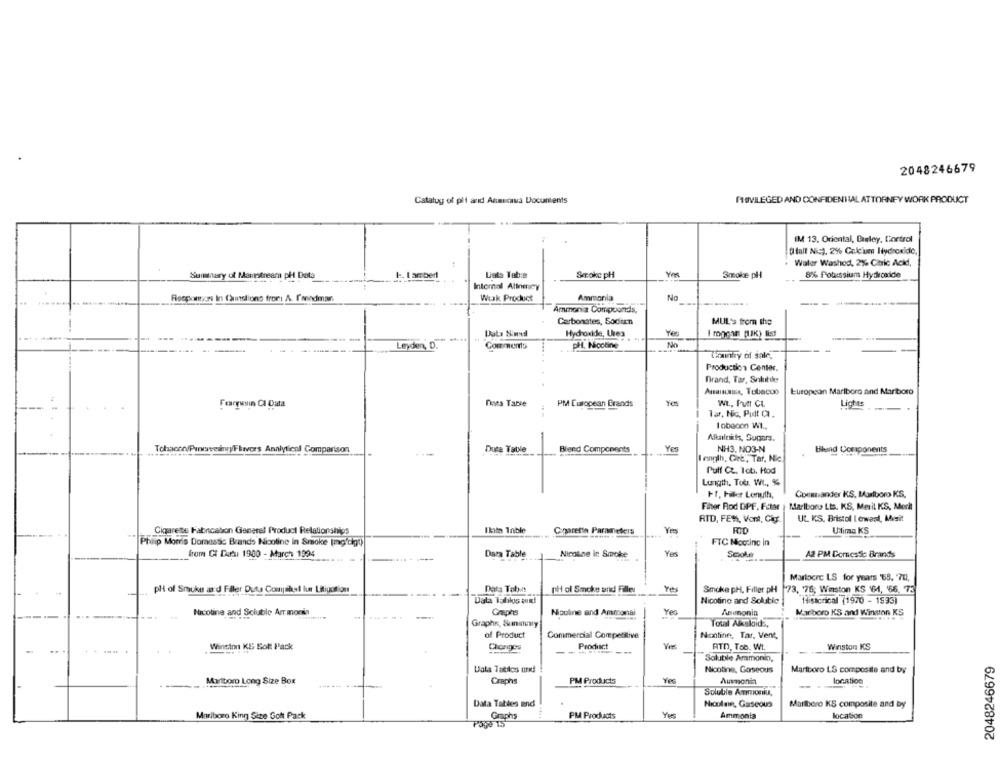
2048246679
PRIVILEGED AND CONFIDENTIAL ATTORNEY WORK PRODUCT
Catalog of pit and Anmecaua Documents
IM 13. Oriental, Barley, Control
( tall Nic), 2% Calcium Hydroxide,
Water Washed, 2% Citric Acid,
Summary of Manstream pH Dota
. I ambert
Lets Tab:e
Smrokc pH
Smoke pll
8% Potassium Hydroxide
Internal Alinecy
Respontion In Cuinslions fror: A. Isendmar.
Werk Product
Ammonia
No
Ammonia Compounds,
Carbonates, Sodien
MUL's from the
Data Siund
Hydroxide, Urea
Yes
I rongar pak) list
pH. Nicotine
No
Leyden,
Comments
Thaitry of sale,
Production Center.
Brand, Tar, Soluble
Amaisaus, Tobacco
European Marlboro and Mariboro
Feargusin CI Data
fines Table
PM European Brands
WL ., Punt CL
Lights
Tar, Nic. Pudt C.
Iobacon Wt .,
Nbalticts, Sugars.
Tobacco/Purwaveanny/Flavors Analytical Comparison
Duca Table
Blend Components
NH3, NO3-N
Blend Components
I ength, Cire", Tar, Nic.
Pull Cz. Tob. Hod
Lungth, Tob. Wt ., %
Ff, Filler Length,
Commander KS, Marlboro KS.
Fator Rod DPF, Fiter
Marlboro Lts. KS, Merit KS, Merkt
RTD, FEW, Vont, Cig
UL KS, Bristol Lewasl, Misit
Cigarette Fabricabon General Product Relationships
Ilata Inble
Charette Parameters
RID
Udima KS
Philip Morris Domestic Brands Nicotine in Smoke (mg'digt)
FTC Noctinc in
from Ct Datu 1900 - March 1994
Dara Table
Nicoline In Smoke
Yes
A2 PM Gornesse Brands
Marlocrc LS for years '68, '70,
pl of Smoke and Filer Duta Comakyl lur Litigation
Data Tabat
TH of Smoke and Filles
Smoke pH, Filler pH
73. 76; Winston KS 164, 66. 75
Data Tablos and
Nicotine and Soluble
14istorical (1970 - 1993)
Nicotine and Scluble Arr moria
Graphs
Nicoline and Ammonai
Yea
Ammonia
Marlboro KS and Winston KS
Graphs, Skumnamn
Total Alxsloida,
of Product
Commercial Competitive
Nonline, Tar, Vent,
Wineinn KS Solt Pack
Chorges
Product
RTD, Tob. Wt.
Winston KS
Soluble Ammonin,
2048246679
Uala Tatilos uri
Nicotine, Gaseous
Marlboro LS composite and by
Marlboro Long Size Box
Craphs
PM Products
Ammonia
-
location
Soluble Ammoniu,
Data Tables and
Nicolain, Gaseous
Marlboro KS composite and by
Marlboro King Size Gott Pack
Graphs
PM Products
Ammonia
location
Poye 15